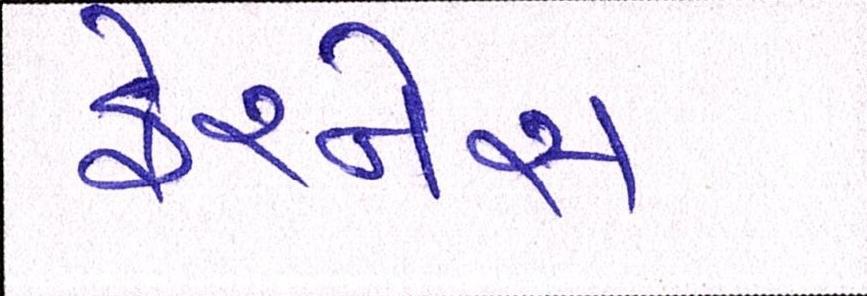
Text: ફેરનેસ